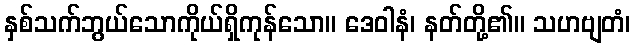
နှစ်သက်ဘွယ်သောကိုယ်ရှိကုန်သော။ ဒေဝါနံ၊ နတ်တို့၏။ သဟဗျတံ၊